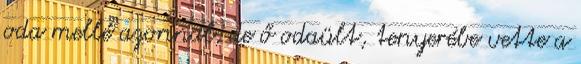
oda mellé azonnal, de ő odaült, tenyerébe vette a